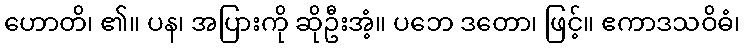
ဟောတိ၊ ၏။ ပန၊ အပြားကို ဆိုဦးအံ့။ ပဘေ ဒတော၊ ဖြင့်။ ဧကာဒသဝိဓံ၊